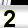
Digit: 2